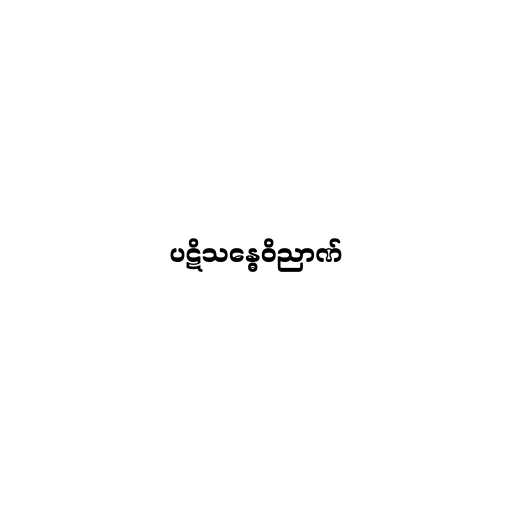
ပဋိသန္ဓေဝိညာဏ်